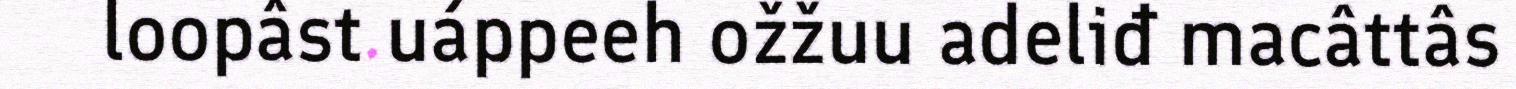
loopâst uáppeeh ožžuu adeliđ macâttâs